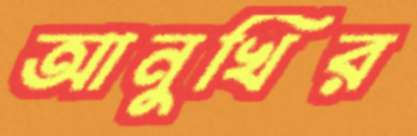
আনুখির